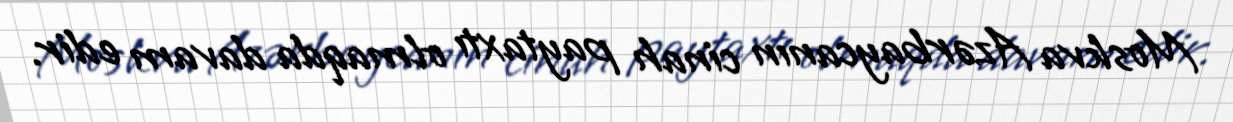
Moskva Azərbaycanın cinah paytaxtı olmaqda davam edir.